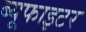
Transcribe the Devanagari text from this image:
ब्यूफाइटर